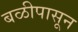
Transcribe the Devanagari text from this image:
बळीपासून